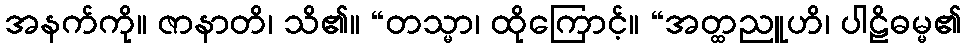
အနက်ကို။ ဇာနာတိ၊ သိ၏။ “တသ္မာ၊ ထိုကြောင့်။ “အတ္ထညူဟိ၊ ပါဠိဓမ္မ၏